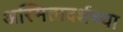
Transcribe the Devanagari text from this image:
अस्मितादर्शच्या